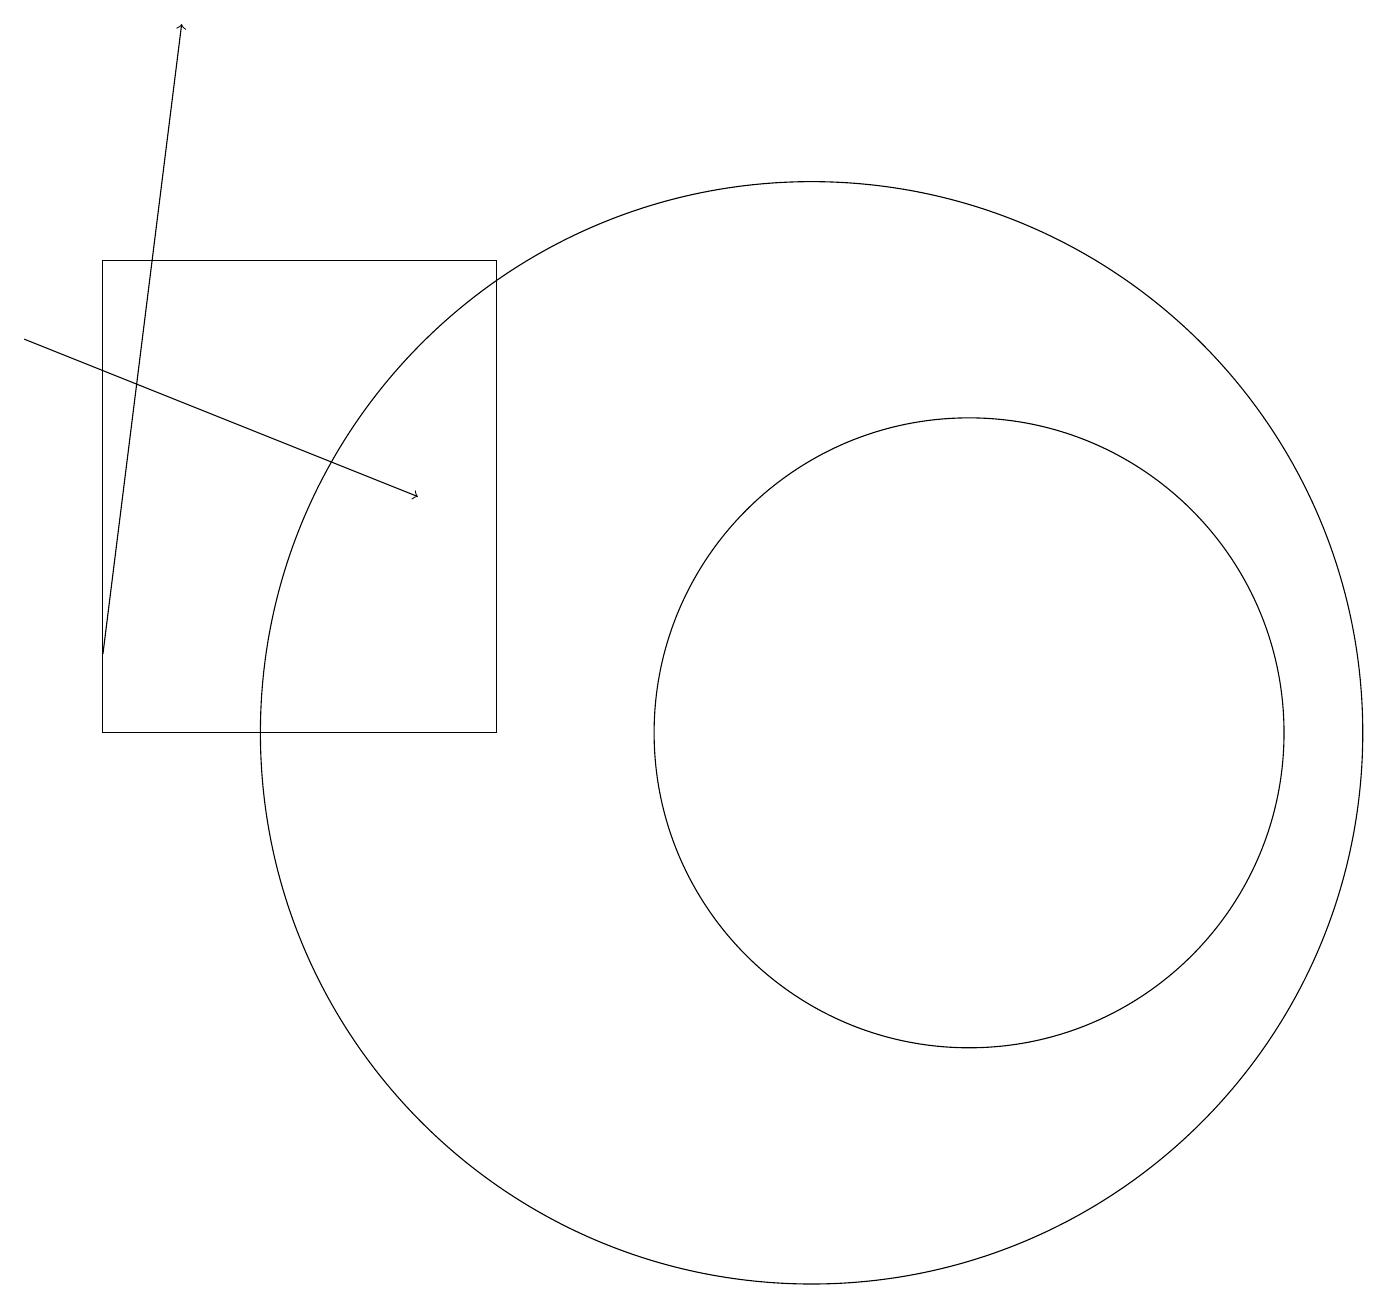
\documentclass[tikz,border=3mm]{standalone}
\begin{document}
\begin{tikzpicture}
\draw[->] (0,15) -- (5,13);
\draw (12,10) circle (4);
\draw[->] (1,11) -- (2,19);
\draw (6,16) rectangle (1,10);
\draw (10,10) circle (7);
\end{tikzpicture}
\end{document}